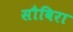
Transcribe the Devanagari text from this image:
सौविरा